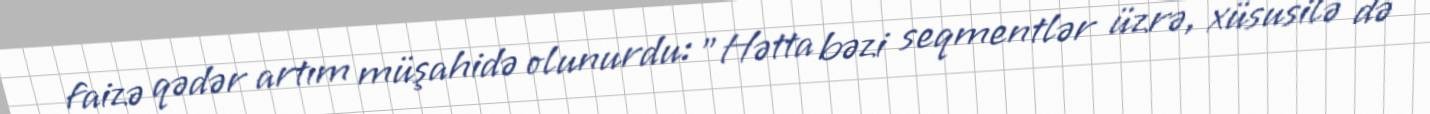
faizə qədər artım müşahidə olunurdu: "Hətta bəzi seqmentlər üzrə, xüsusilə də